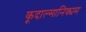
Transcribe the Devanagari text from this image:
कूदाल्मानिक्यम